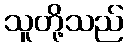
သူတို့သည်